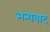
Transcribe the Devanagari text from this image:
अन्यवाद